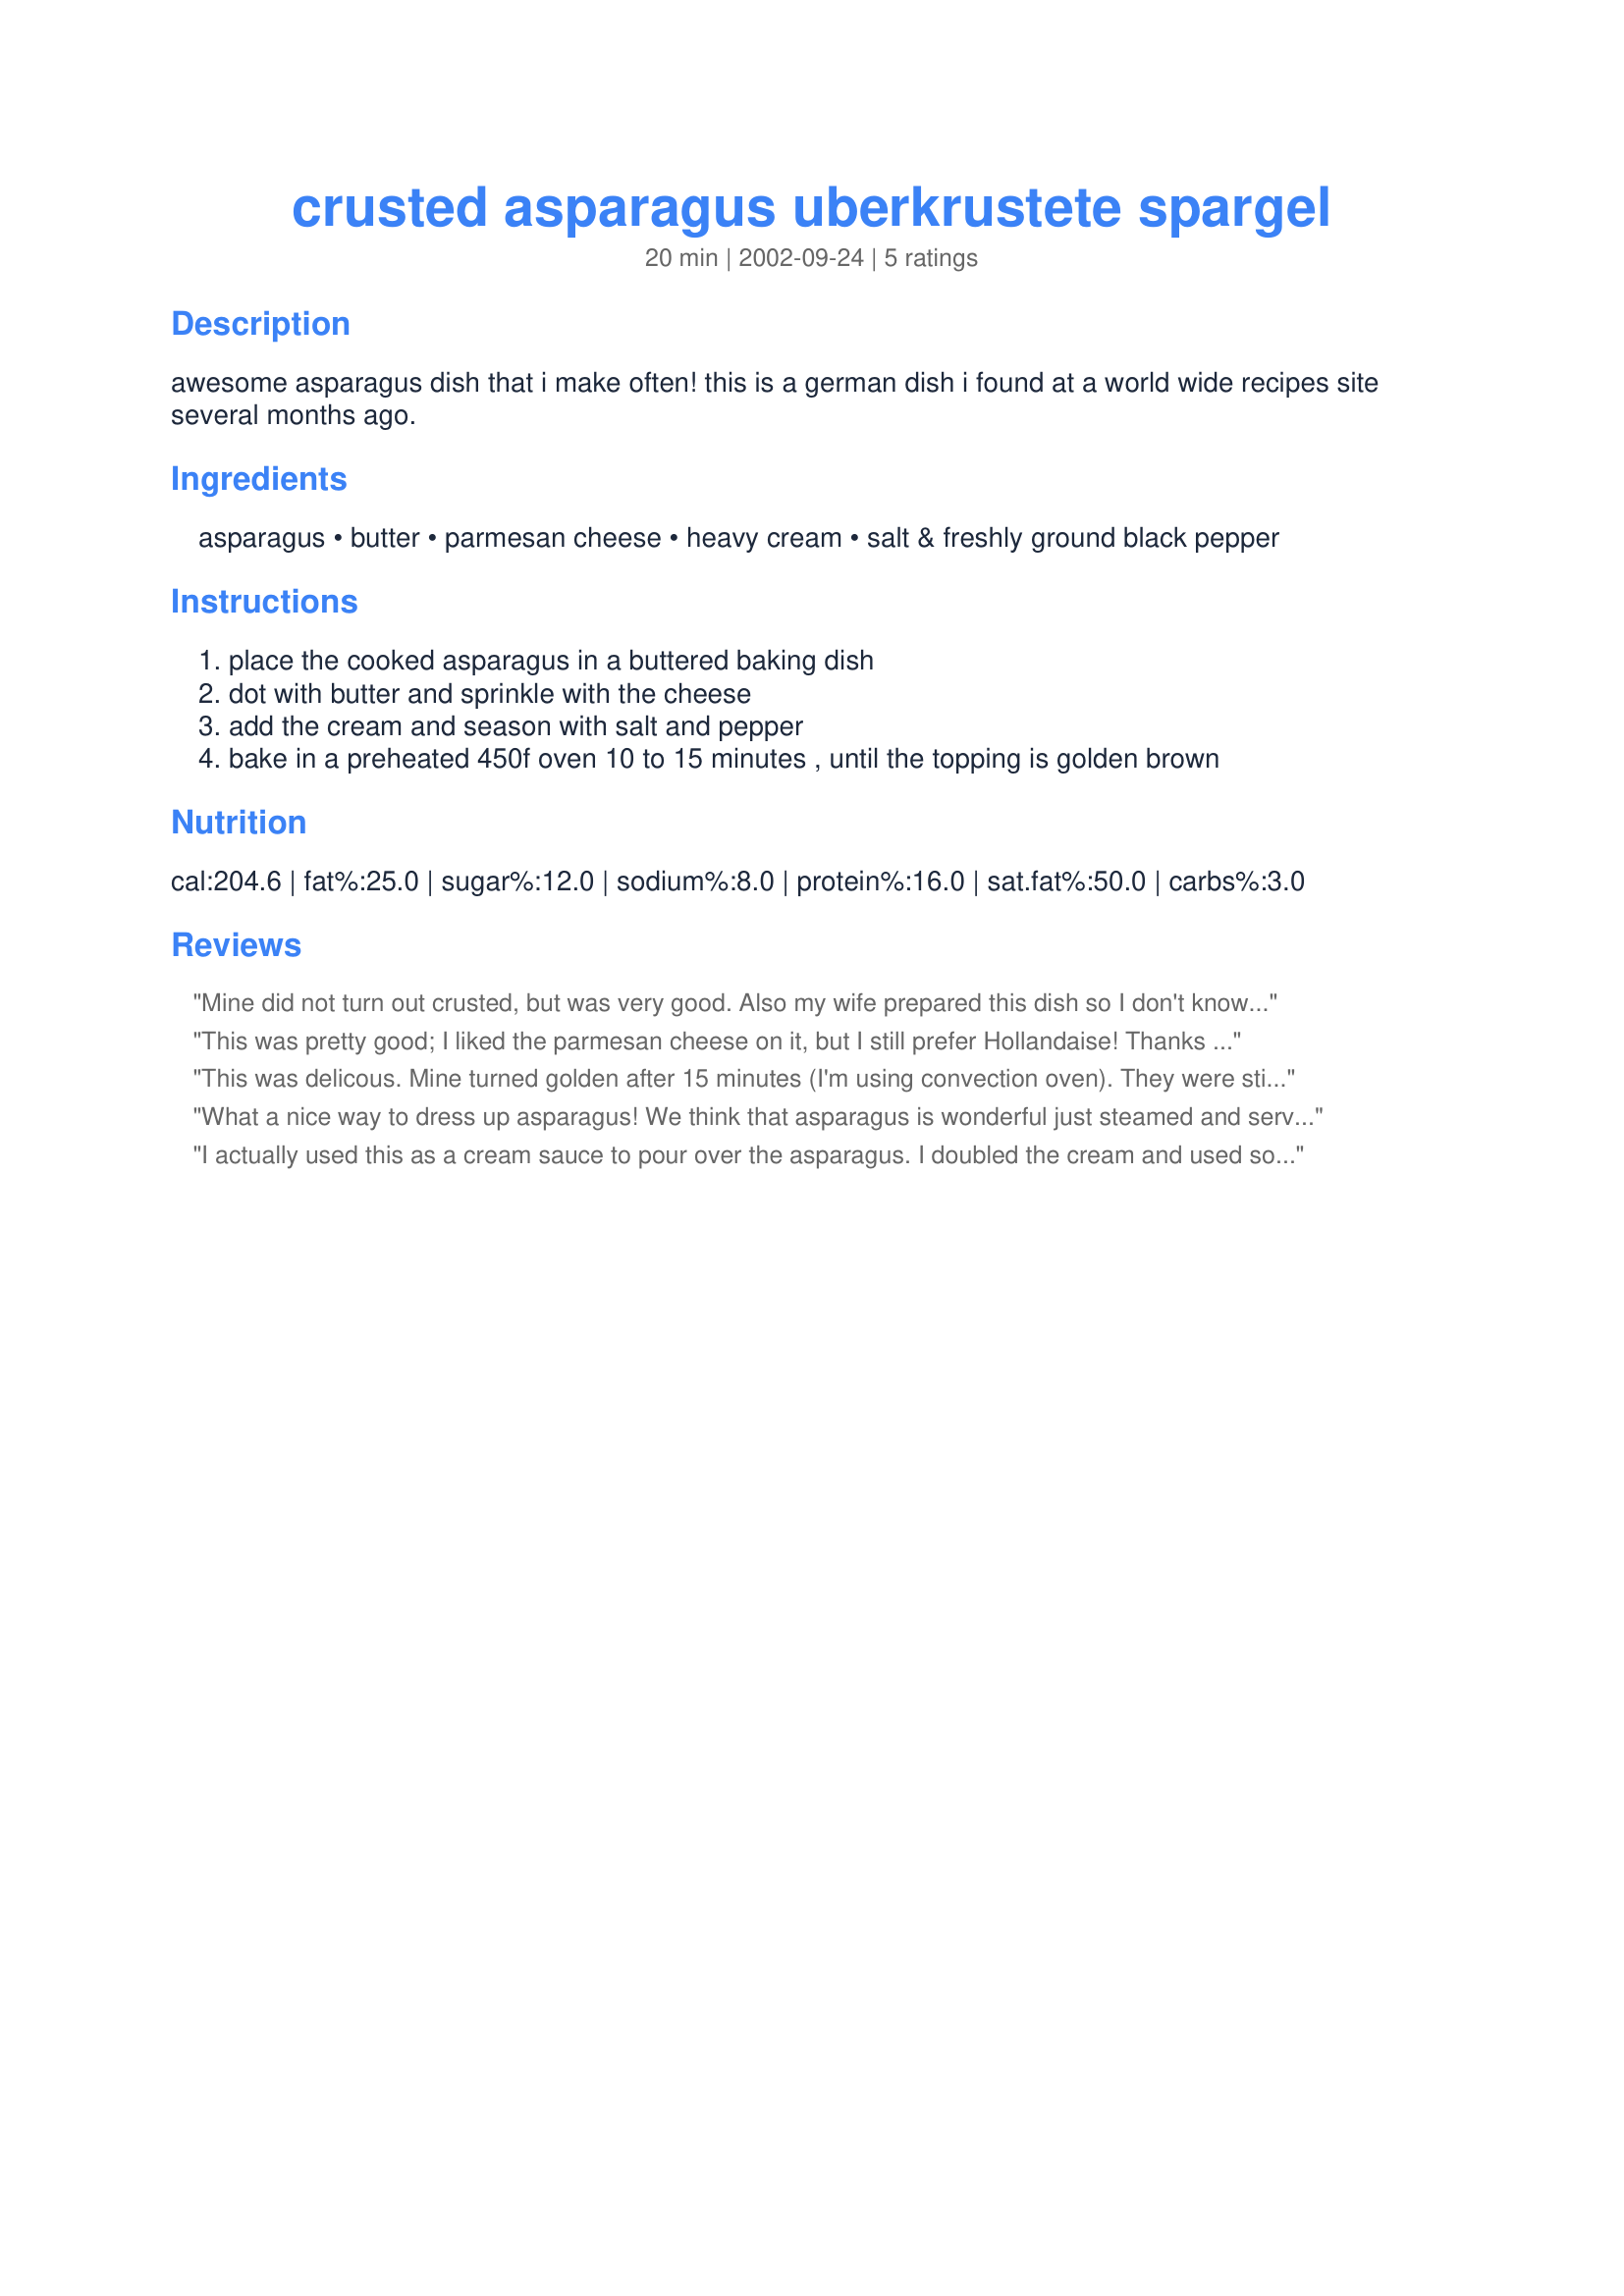
crusted asparagus uberkrustete spargel
Preparation time: 20 minutes

awesome asparagus dish that i make often! this is a german dish i found at a world wide recipes site several months ago.

Ingredients:
asparagus, butter, parmesan cheese, heavy cream, salt & freshly ground black pepper

Steps:
place the cooked asparagus in a buttered baking dish
dot with butter and sprinkle with the cheese
add the cream and season with salt and pepper
bake in a preheated 450f oven 10 to 15 minutes , until the topping is golden brown

Reviews:
Mine did not turn out crusted, but was very good. Also my wife prepared this dish so I don't know if she followed the directions 100%. Thanks for posting. Will make again.
This was pretty good; I liked the parmesan cheese on it, but I still prefer Hollandaise! Thanks for sharing.
This was delicous. Mine turned golden after 15 minutes (I'm using convection oven). <br/>They were still lightly hard, but not too much. <br/>For those who need more browned one: simply increase time.<br/>Fro those who prefere softer ones: cover with a tin foil and bake some more minutes.<br/>Thanks a lot for sharing this recipe.
What a nice way to dress up asparagus! We think that asparagus is wonderful just steamed and served with cracked pepper, but this was a nice change of pace for us. The butter, cream and cheese didn't make the dish as heavy as one might expect...the vibrant flavor of the asparagus still shines through. Thanks for posting.
I actually used this as a cream sauce to pour over the asparagus. I doubled the cream and used soy cream instead of dairy as well as vegan butter. This was DELICIOUS! A keeper!
